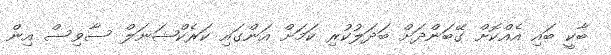
ބާކީ ބައި އެއްކޮށް ގޭބަންދަށް ބަދަލުކުރި ކަމަށް އަންގައި ކަރެކްޝަނަލް ސާވިސް އިން